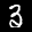
Label: 3